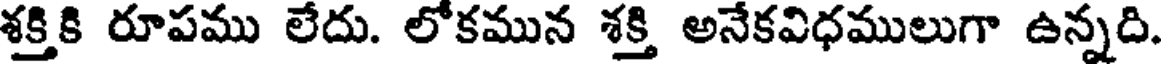
శక్తికి రూపము లేదు. లోకమున శక్తి అనేకవిధములుగా ఉన్నది.